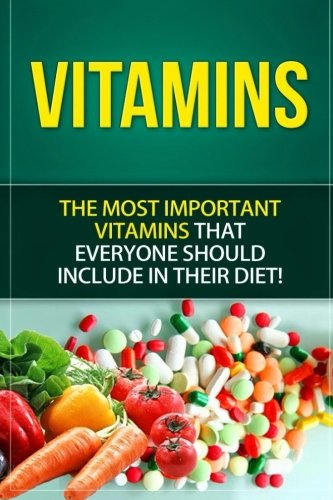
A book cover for Vitamins: The Most Important Vitamins Everyone should Include in their Diet; SelfHelpStar Media; Health, Fitness & Dieting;